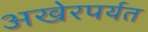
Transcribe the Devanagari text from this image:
अखेरपर्यत